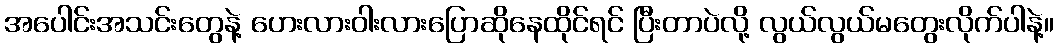
အပေါင်းအသင်းတွေနဲ့ ဟေးလားဝါးလားပြောဆိုနေထိုင်ရင် ပြီးတာပဲလို့ လွယ်လွယ်မတွေးလိုက်ပါနဲ့။